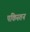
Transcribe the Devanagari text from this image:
पकिस्तन